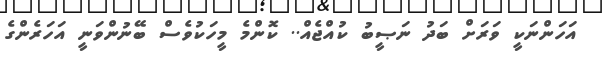
އަހަންނަކީ ވަރަށް ބަދު ނަޞީބު ކުއްޖެއް.. ކޮންމެ މީހަކުވެސް ބޭނުންވަނީ އަހަރެންގެ